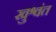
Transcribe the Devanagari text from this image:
खुश्वंत